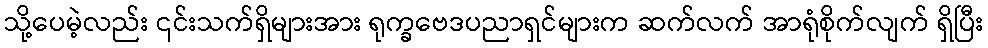
သို့ပေမဲ့လည်း ၎င်းသက်ရှိများအား ရုက္ခဗေဒပညာရှင်များက ဆက်လက် အာရုံစိုက်လျက် ရှိပြီး